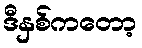
ဒီနှစ်ကတော့